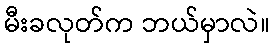
မီးခလုတ်က ဘယ်မှာလဲ။